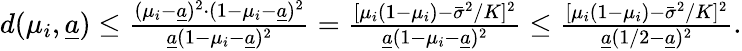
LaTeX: \begin{array}{r}{d(\mu_{i},\underline{{a}})\le\frac{(\mu_{i}-\underline{{a}})^{2}\cdot(1-\mu_{i}-\underline{{a}})^{2}}{\underline{{a}}(1-\mu_{i}-\underline{{a}})^{2}}=\frac{[\mu_{i}(1-\mu_{i})-\bar{\sigma}^{2}/K]^{2}}{\underline{{a}}(1-\mu_{i}-\underline{{a}})^{2}}\le\frac{[\mu_{i}(1-\mu_{i})-\bar{\sigma}^{2}/K]^{2}}{\underline{{a}}(1/2-\underline{{a}})^{2}}.}\end{array}